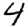
Digit: 4